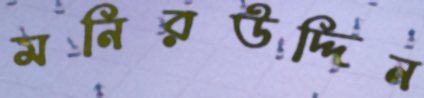
মনিরউদ্দিন